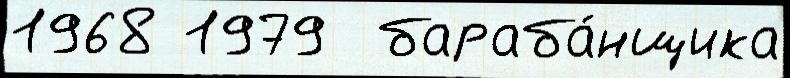
1968 1979  бараба́нщика